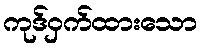
ကုဒ်ဝှက်ထားသော